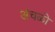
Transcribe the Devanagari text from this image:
अंचळो